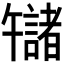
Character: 𫧬